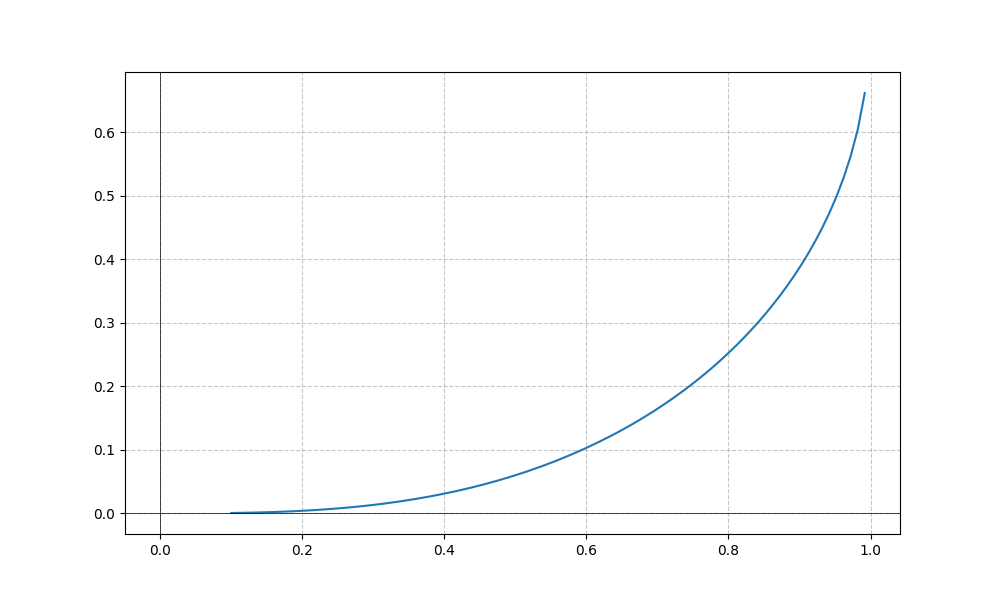
LaTeX formula: \operatorname{asin}{\left(x \right)} - \operatorname{atan}{\left(x \right)}